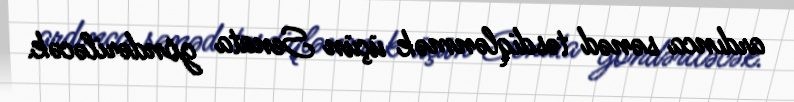
ardınca sənəd təsdiqlənmək üçün Senata göndəriləcək.